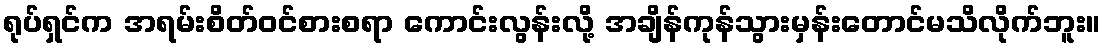
ရုပ်ရှင်က အရမ်းစိတ်ဝင်စားစရာ ကောင်းလွန်းလို့ အချိန်ကုန်သွားမှန်းတောင်မသိလိုက်ဘူး။